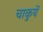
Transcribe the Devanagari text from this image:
चाकुयें